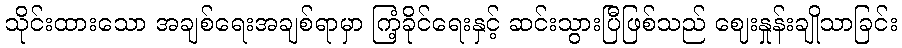
သိုင်းထားသော အချစ်ရေးအချစ်ရာမှာ ကြံ့ခိုင်ရေးနှင့် ဆင်းသွားပြီဖြစ်သည် ဈေးနှုန်းချိုသာခြင်း